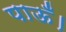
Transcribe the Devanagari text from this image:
पाऊँ।